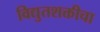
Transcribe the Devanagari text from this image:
विद्युतशक्तीचा